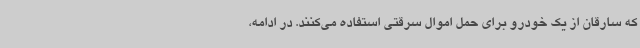
که سارقان از یک خودرو برای حمل اموال سرقتی استفاده می‌کنند. در ادامه،